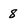
Character: 8